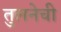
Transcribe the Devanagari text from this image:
तुलनेची